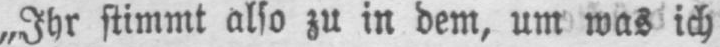
„Ihr stimmt also zu in dem, um was ich